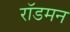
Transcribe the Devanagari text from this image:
रॉडमन